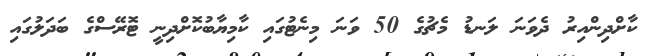
ކާށްދިންއިރު ދެވަނަ ލަނޑު މެޗުގެ 50 ވަނަ މިނެޓުގައި ކާމިޔާބުކޮށްދިނީ ޓޮރޭސްގެ ބަދަލުގައި